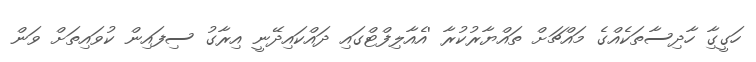
ހަގީގާި ހާދިސާތަކެއްގެ މައްޗަށް ތައްޔާރުކުރާ 'އެއާލިފްޓްގައި ދައްކައިދޭނީ އިރާގު ސިފައިން ކުވައިތަށް ވަން